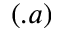
( . a )